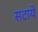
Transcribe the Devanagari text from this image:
सटाये